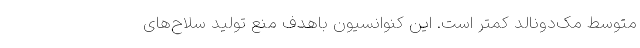
متوسط مک‌دونالد کمتر است. این کنوانسیون باهدف منع تولید سلاح‌های